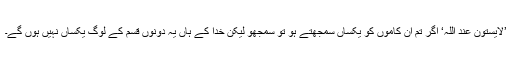
’لَایَسْتَوٗنَ عِنْدَ اللّٰہِ‘ اگر تم ان کاموں کو یکساں سمجھتے ہو تو سمجھو لیکن خدا کے ہاں یہ دونوں قسم کے لوگ یکساں نہیں ہوں گے۔